Loodushoiu_ja_Turismi_Instituut, lk 146
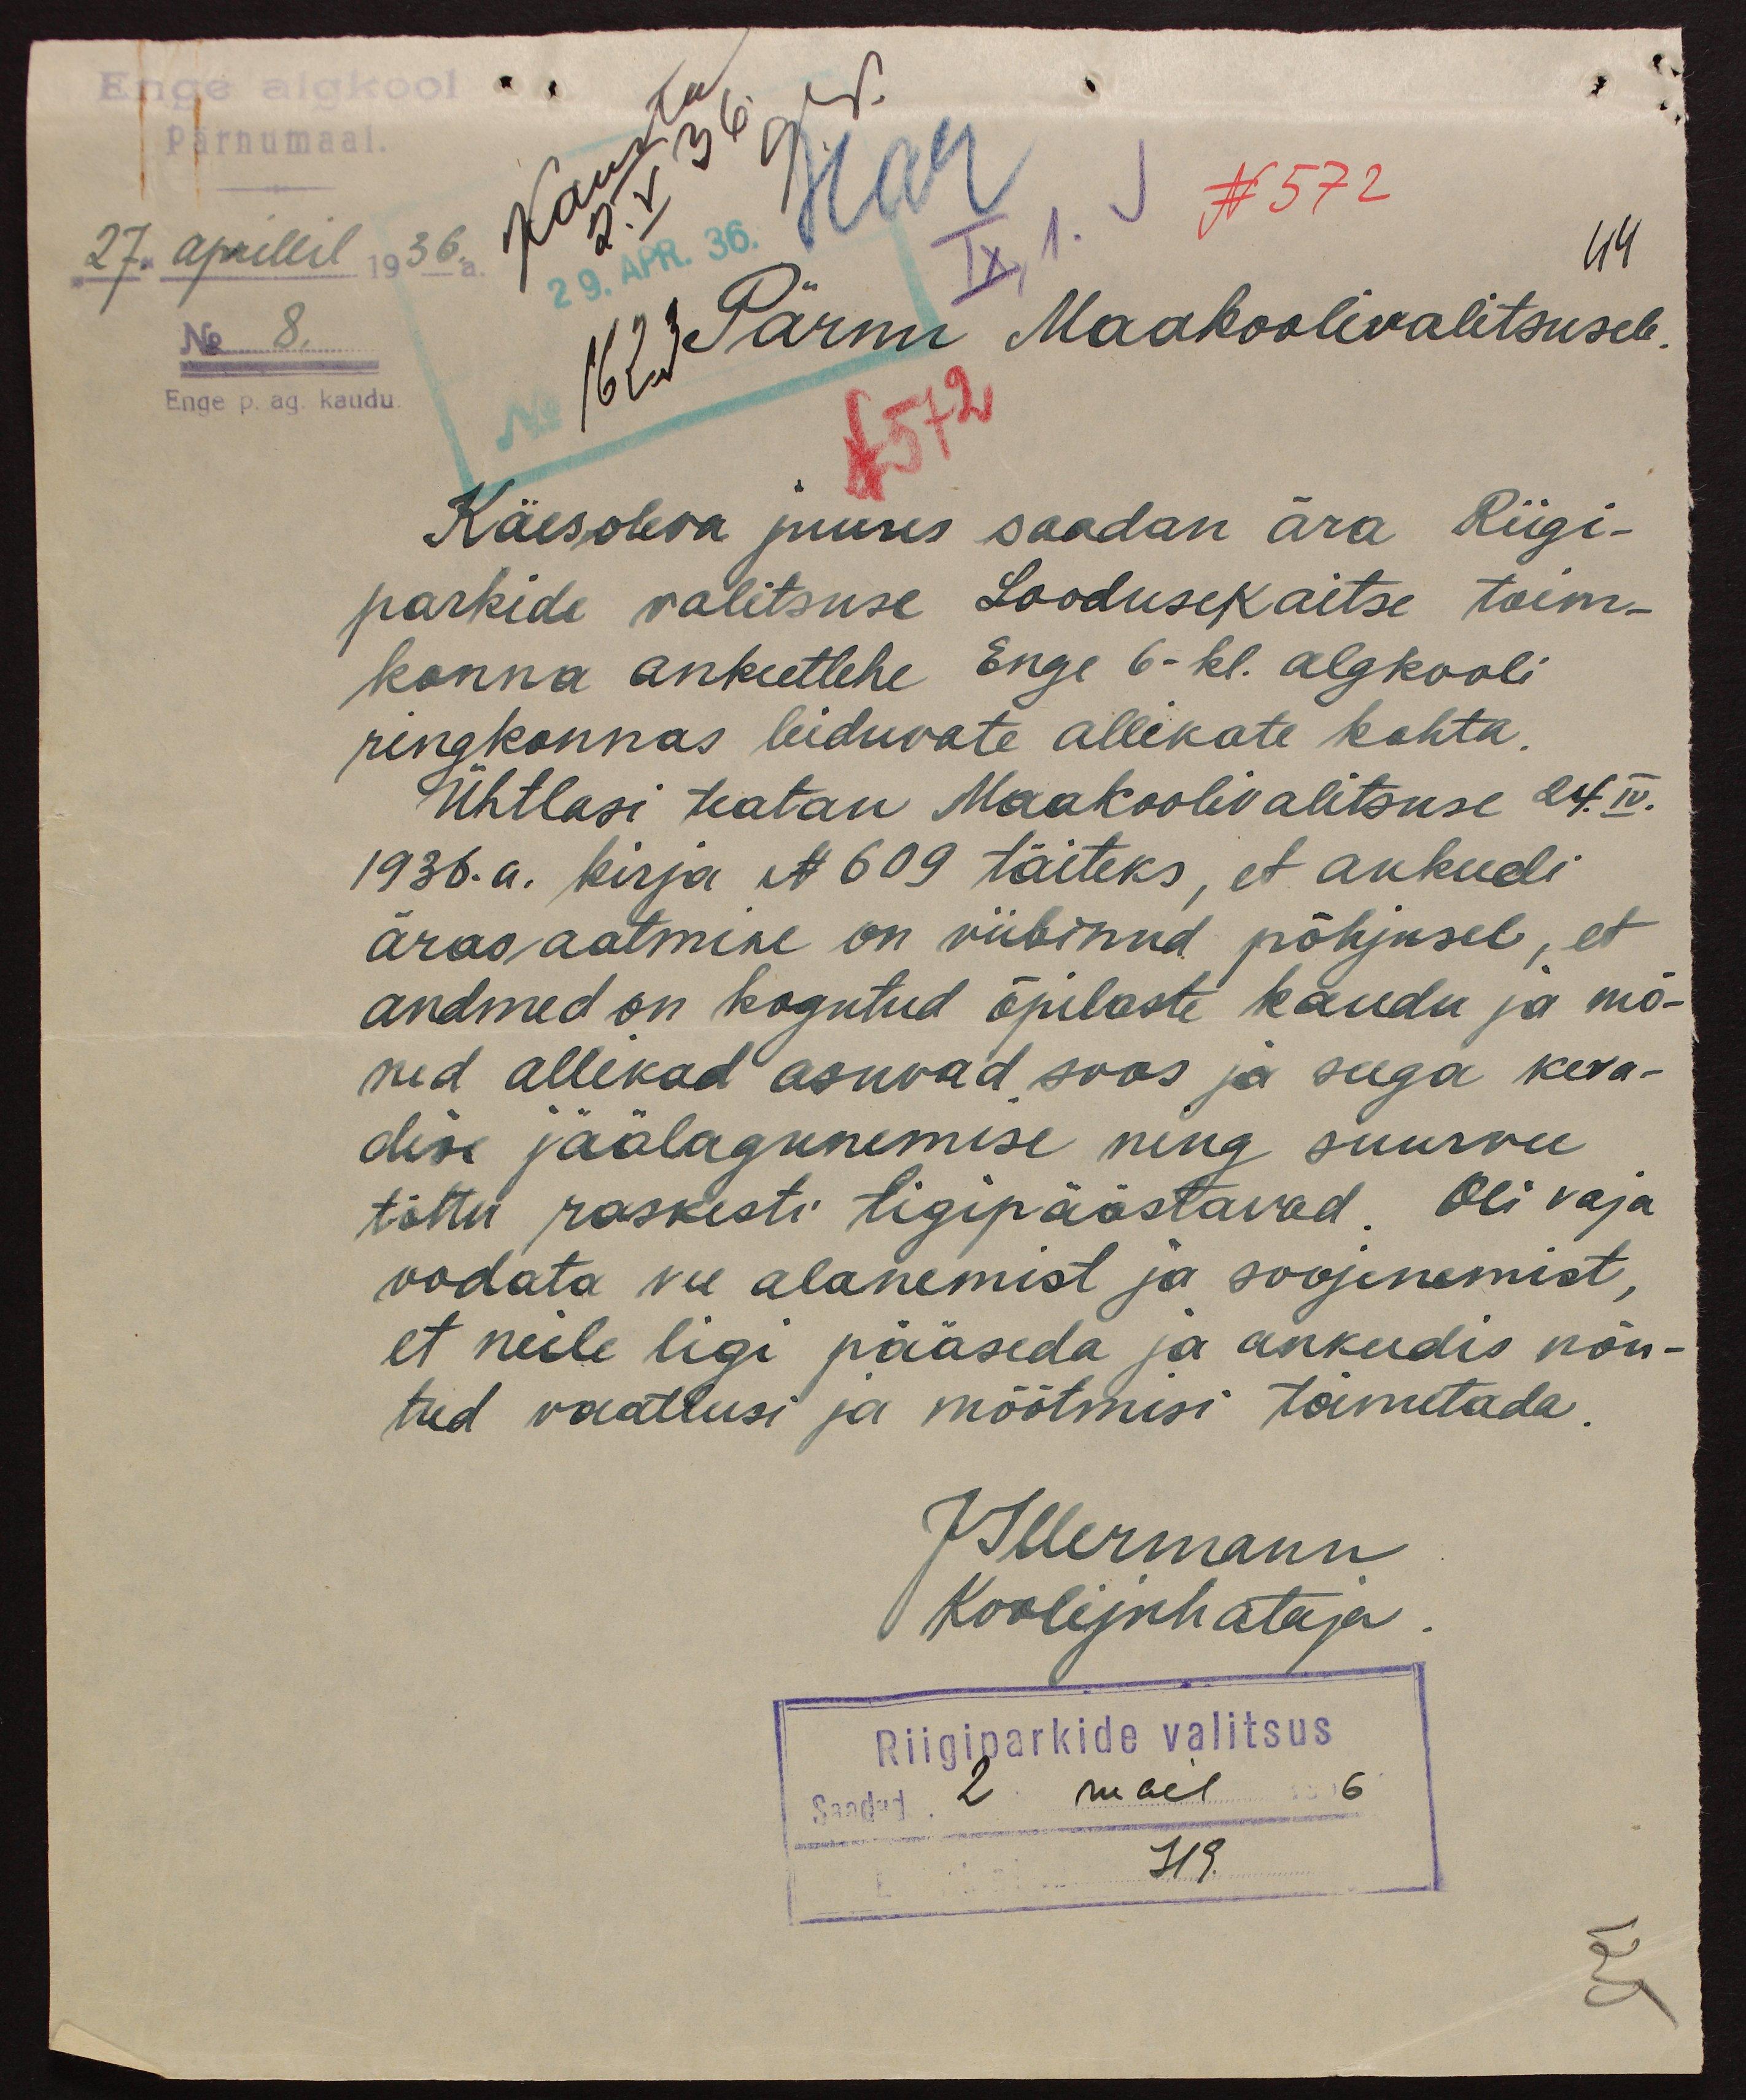
Har
Enge algkool
Pärnumaal
N 572
27. aprillil 1936. a.
29. Apr. 36.
44
No 8.
1623 Pärnu Maakoolivalitsusele
N 572
Enge p. ag. kaudu
Käesoleva juures saadan ära Riigi-
parkide valitsuse Loodusekaitse toim-
konna ankeetlehe Enge 6-kl. algkooli
ringkonnas leiduvate allikate kohta.
Ühtlasi teatan Maakoolivalitsuse 24.IV.
1936. a. kirja N 609 täiteks, et ankeedi
ärasaatmine on viibinud põhjusel, et
andmed on kogutud õpilaste kaudu ja mõ-
ned allikad asuvad soos ja seega keva-
dise jäälagunemise ning suurvee
tõttu raskesti ligipäästavad. Oli vaja
oodata vee alanemist ja soojenemist,
et neile ligi pääseda ja ankeedis nõu-
tud vaatlusi ja mõõtmisi toimetada.
J Illermann
Koolijuhataja
Riigiparkide valitsus
Saadud 2 mail 6
719.